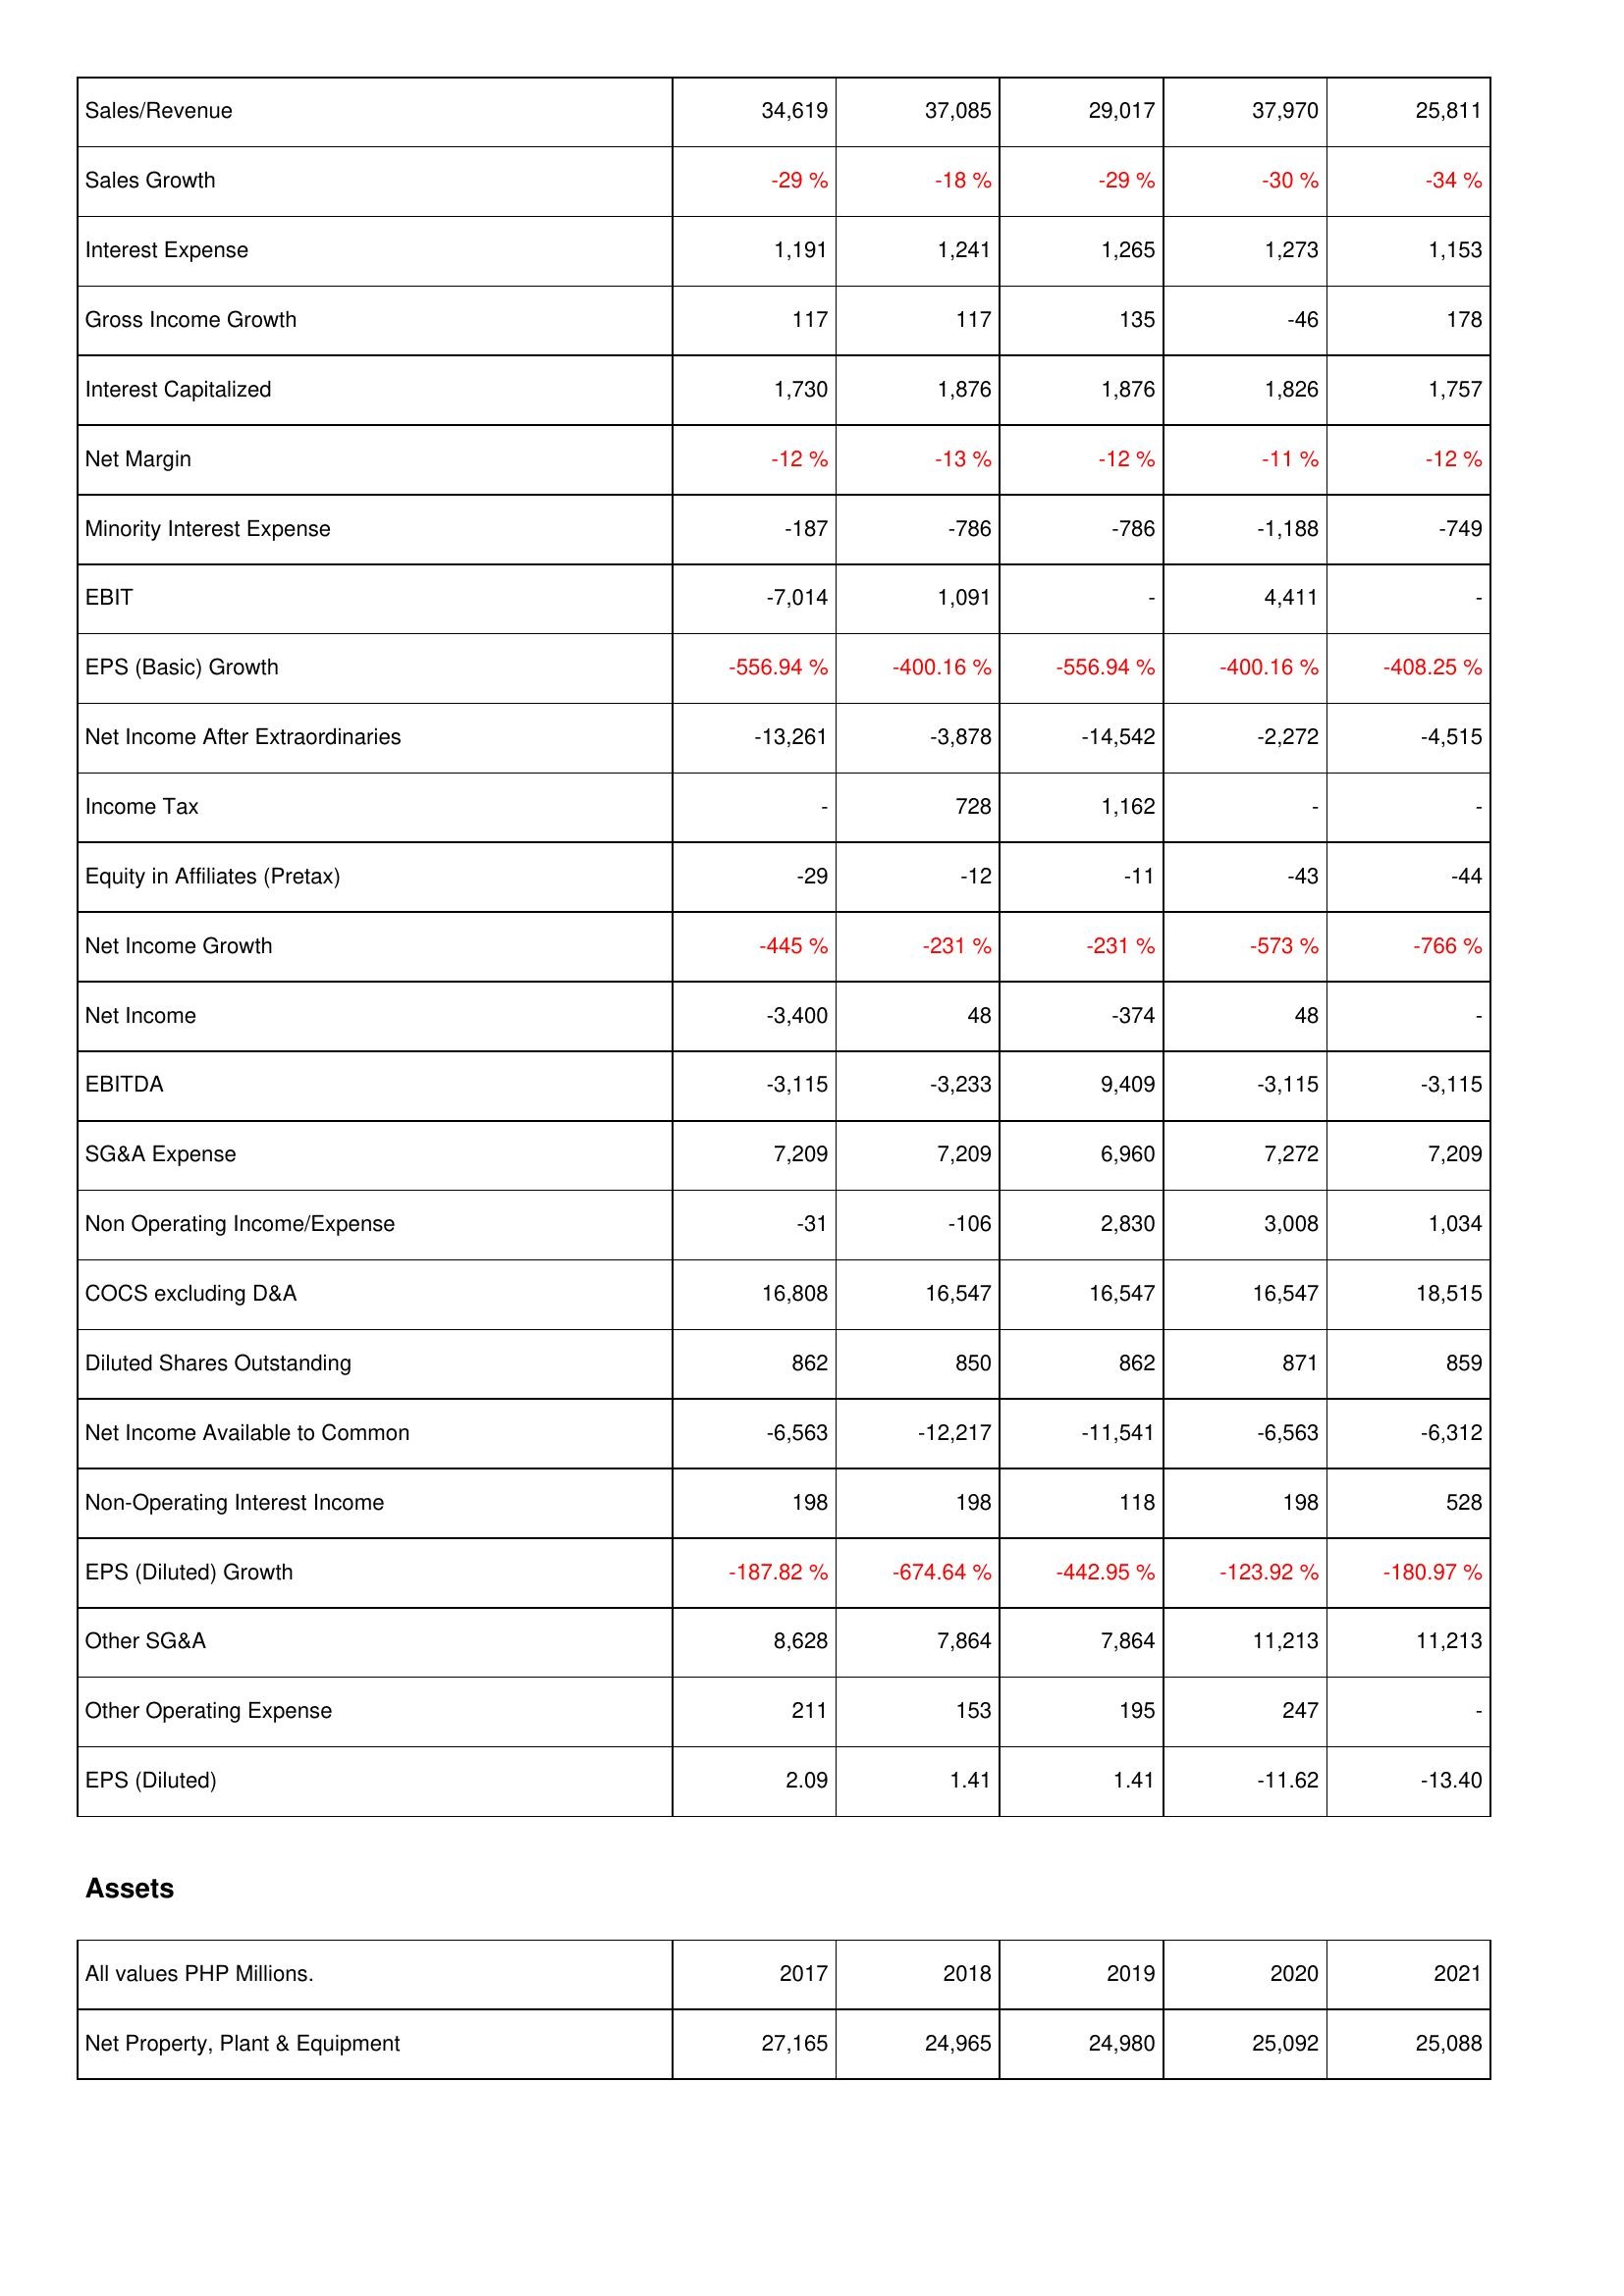
2017: Income Statement: Sales/Revenue: 34,619
Sales Growth: -29 %
Interest Expense: 1,191
Gross Income Growth: 117
Interest Capitalized: 1,730
Net Margin: -12 %
Minority Interest Expense: -187
EBIT: -7,014
EPS (Basic) Growth: -556.94 %
Net Income After Extraordinaries: -13,261
Income Tax: -
Equity in Affiliates (Pretax): -29
Net Income Growth: -445 %
Net Income: -3,400
EBITDA: -3,115
SG&A Expense: 7,209
Non Operating Income/Expense: -31
COCS excluding D&A: 16,808
Diluted Shares Outstanding: 862
Net Income Available to Common: -6,563
Non-Operating Interest Income: 198
EPS (Diluted) Growth: -187.82 %
Other SG&A: 8,628
Other Operating Expense: 211
EPS (Diluted): 2.09
Assets: Net Property, Plant & Equipment: 27,165
2018: Income Statement: Sales/Revenue: 37,085
Sales Growth: -18 %
Interest Expense: 1,241
Gross Income Growth: 117
Interest Capitalized: 1,876
Net Margin: -13 %
Minority Interest Expense: -786
EBIT: 1,091
EPS (Basic) Growth: -400.16 %
Net Income After Extraordinaries: -3,878
Income Tax: 728
Equity in Affiliates (Pretax): -12
Net Income Growth: -231 %
Net Income: 48
EBITDA: -3,233
SG&A Expense: 7,209
Non Operating Income/Expense: -106
COCS excluding D&A: 16,547
Diluted Shares Outstanding: 850
Net Income Available to Common: -12,217
Non-Operating Interest Income: 198
EPS (Diluted) Growth: -674.64 %
Other SG&A: 7,864
Other Operating Expense: 153
EPS (Diluted): 1.41
Assets: Net Property, Plant & Equipment: 24,965
2019: Income Statement: Sales/Revenue: 29,017
Sales Growth: -29 %
Interest Expense: 1,265
Gross Income Growth: 135
Interest Capitalized: 1,876
Net Margin: -12 %
Minority Interest Expense: -786
EBIT: -
EPS (Basic) Growth: -556.94 %
Net Income After Extraordinaries: -14,542
Income Tax: 1,162
Equity in Affiliates (Pretax): -11
Net Income Growth: -231 %
Net Income: -374
EBITDA: 9,409
SG&A Expense: 6,960
Non Operating Income/Expense: 2,830
COCS excluding D&A: 16,547
Diluted Shares Outstanding: 862
Net Income Available to Common: -11,541
Non-Operating Interest Income: 118
EPS (Diluted) Growth: -442.95 %
Other SG&A: 7,864
Other Operating Expense: 195
EPS (Diluted): 1.41
Assets: Net Property, Plant & Equipment: 24,980
2020: Income Statement: Sales/Revenue: 37,970
Sales Growth: -30 %
Interest Expense: 1,273
Gross Income Growth: -46
Interest Capitalized: 1,826
Net Margin: -11 %
Minority Interest Expense: -1,188
EBIT: 4,411
EPS (Basic) Growth: -400.16 %
Net Income After Extraordinaries: -2,272
Income Tax: -
Equity in Affiliates (Pretax): -43
Net Income Growth: -573 %
Net Income: 48
EBITDA: -3,115
SG&A Expense: 7,272
Non Operating Income/Expense: 3,008
COCS excluding D&A: 16,547
Diluted Shares Outstanding: 871
Net Income Available to Common: -6,563
Non-Operating Interest Income: 198
EPS (Diluted) Growth: -123.92 %
Other SG&A: 11,213
Other Operating Expense: 247
EPS (Diluted): -11.62
Assets: Net Property, Plant & Equipment: 25,092
2021: Income Statement: Sales/Revenue: 25,811
Sales Growth: -34 %
Interest Expense: 1,153
Gross Income Growth: 178
Interest Capitalized: 1,757
Net Margin: -12 %
Minority Interest Expense: -749
EBIT: -
EPS (Basic) Growth: -408.25 %
Net Income After Extraordinaries: -4,515
Income Tax: -
Equity in Affiliates (Pretax): -44
Net Income Growth: -766 %
Net Income: -
EBITDA: -3,115
SG&A Expense: 7,209
Non Operating Income/Expense: 1,034
COCS excluding D&A: 18,515
Diluted Shares Outstanding: 859
Net Income Available to Common: -6,312
Non-Operating Interest Income: 528
EPS (Diluted) Growth: -180.97 %
Other SG&A: 11,213
Other Operating Expense: -
EPS (Diluted): -13.40
Assets: Net Property, Plant & Equipment: 25,088